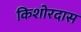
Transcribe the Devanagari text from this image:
किशोरदास